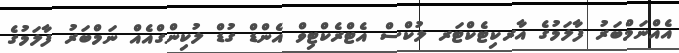
އެއްނަމްބަރު ފާލަމުގެ އާރކިޓެކްޓަރ ލުކްސް އެޓްރެކްޓިވް އެންޑް ގުޑް ލުކިންގްއެއް ނަމްބަރު ފާލަމުގެ